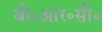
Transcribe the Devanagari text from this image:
बी॰आर॰सी॰